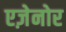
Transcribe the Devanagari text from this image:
एज़ेनोर